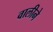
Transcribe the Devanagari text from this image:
वालीने